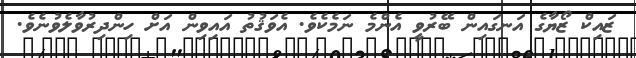
ޒައިކް ޒޯޔާގެ އަނގައިން ބޭރުވީ އެންމެ ނަމެކެވެ. އެވަޤުތު އައިވިން އަށް ހިންދިރުވާލެވުނެވެ.